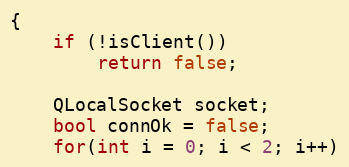
Language: C++
{
    if (!isClient())
        return false;

    QLocalSocket socket;
    bool connOk = false;
    for(int i = 0; i < 2; i++)